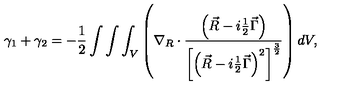
\gamma _ { 1 } + \gamma _ { 2 } = - \frac 1 2 \int \int \int _ { V } \left( \nabla _ { R } \cdot \frac { \left( \vec { R } - i \frac 1 2 \vec { \Gamma } \right) } { \left[ \left( \vec { R } - i \frac 1 2 \vec { \Gamma } \right) ^ { 2 } \right] ^ { \frac 3 2 } } \right) d V ,